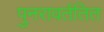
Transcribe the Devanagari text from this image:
पुनरावर्ततित